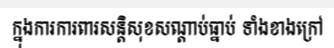
ក្នុងការការពារសន្តិសុខសណ្តាប់ធ្នាប់ ទាំងខាងក្រៅ